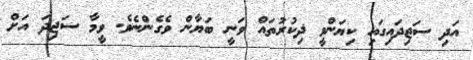
އަދި ސަޖިދައިގައި ކިޔަންވީ ޛިކުރުތައް ވަނީ ބަޔާން ވެގެންނެވެ. ވީމާ ސަޖިދަ އަށް